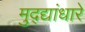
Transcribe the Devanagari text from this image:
मुद्द्यांधारे